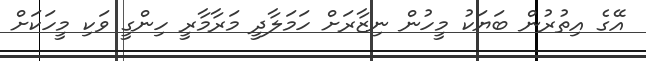
އޭގެ އިތުރުން ބަޔަކު މީހުން ނިޒާރަށް ހަމަލާދީ މަރާމާރީ ހިންގީ ވަކި މީހަކަށް